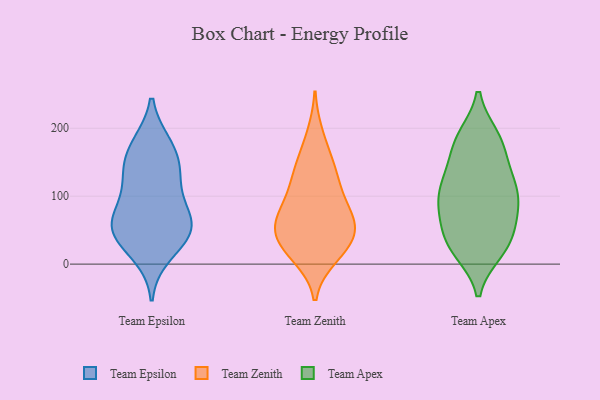
{"axis": {"x": "Tickets Resolved", "y": "Value"}, "legend": ["Team Apex", "Team Epsilon", "Team Zenith"], "data": [{"x": "", "y": 150, "type": "Team Epsilon"}, {"x": "", "y": 56, "type": "Team Epsilon"}, {"x": "", "y": 127, "type": "Team Epsilon"}, {"x": "", "y": 52, "type": "Team Epsilon"}, {"x": "", "y": 99, "type": "Team Epsilon"}, {"x": "", "y": 43, "type": "Team Epsilon"}, {"x": "", "y": 175, "type": "Team Epsilon"}, {"x": "", "y": 42, "type": "Team Epsilon"}, {"x": "", "y": 69, "type": "Team Epsilon"}, {"x": "", "y": 65, "type": "Team Epsilon"}, {"x": "", "y": 15, "type": "Team Epsilon"}, {"x": "", "y": 133, "type": "Team Epsilon"}, {"x": "", "y": 174, "type": "Team Epsilon"}, {"x": "", "y": 48, "type": "Team Zenith"}, {"x": "", "y": 11, "type": "Team Zenith"}, {"x": "", "y": 93, "type": "Team Zenith"}, {"x": "", "y": 66, "type": "Team Zenith"}, {"x": "", "y": 36, "type": "Team Zenith"}, {"x": "", "y": 66, "type": "Team Zenith"}, {"x": "", "y": 19, "type": "Team Zenith"}, {"x": "", "y": 149, "type": "Team Zenith"}, {"x": "", "y": 146, "type": "Team Zenith"}, {"x": "", "y": 45, "type": "Team Zenith"}, {"x": "", "y": 190, "type": "Team Zenith"}, {"x": "", "y": 121, "type": "Team Zenith"}, {"x": "", "y": 116, "type": "Team Zenith"}, {"x": "", "y": 20, "type": "Team Zenith"}, {"x": "", "y": 76, "type": "Team Zenith"}, {"x": "", "y": 59, "type": "Team Zenith"}, {"x": "", "y": 43, "type": "Team Apex"}, {"x": "", "y": 137, "type": "Team Apex"}, {"x": "", "y": 173, "type": "Team Apex"}, {"x": "", "y": 112, "type": "Team Apex"}, {"x": "", "y": 97, "type": "Team Apex"}, {"x": "", "y": 96, "type": "Team Apex"}, {"x": "", "y": 183, "type": "Team Apex"}, {"x": "", "y": 20, "type": "Team Apex"}, {"x": "", "y": 27, "type": "Team Apex"}, {"x": "", "y": 187, "type": "Team Apex"}, {"x": "", "y": 19, "type": "Team Apex"}, {"x": "", "y": 126, "type": "Team Apex"}, {"x": "", "y": 56, "type": "Team Apex"}, {"x": "", "y": 97, "type": "Team Apex"}, {"x": "", "y": 187, "type": "Team Apex"}, {"x": "", "y": 28, "type": "Team Apex"}, {"x": "", "y": 143, "type": "Team Apex"}, {"x": "", "y": 99, "type": "Team Apex"}, {"x": "", "y": 76, "type": "Team Apex"}, {"x": "", "y": 64, "type": "Team Apex"}]}